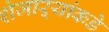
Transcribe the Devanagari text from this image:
शेजाऱ्यांकडे